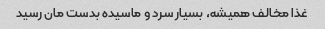
غذا مخالف همیشه، بسیار سرد و ماسیده بدست مان رسید